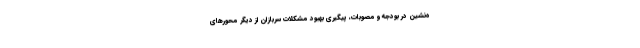
ه‌نشین در بودجه و مصوبات، پیگیری بهبود مشکلات سربازان از دیگر محورهای